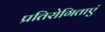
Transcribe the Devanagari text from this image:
प्रतिरोगिताएं